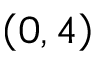
\left( 0 , 4 \right)